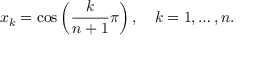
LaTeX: x _ { k } = \cos \left( { \frac { k } { n + 1 } } \pi \right) , \quad k = 1 , \ldots , n .